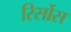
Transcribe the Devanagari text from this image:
रिर्सोस